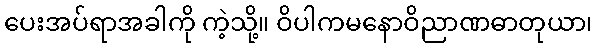
ပေးအပ်ရာအခါကို ကဲ့သို့။ ဝိပါကမနောဝိညာဏဓာတုယာ၊